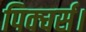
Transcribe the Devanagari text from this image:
पिक्चर्स।